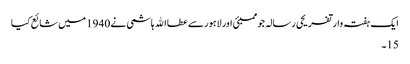
ایک ہفتہ وار تفریحی رسالہ جو ممبئی اور لاہور سے عطااﷲ ہاشمی نے 1940 میں شائع کیا
15۔